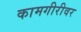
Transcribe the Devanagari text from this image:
कामगीरीवर